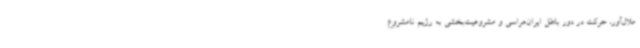
ملال‌آور، حرکت در دور باطل ایران‌هراسی و مشروعیت‌بخشی به رژیم نامشروع